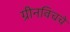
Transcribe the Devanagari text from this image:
ग्रीनविचचे